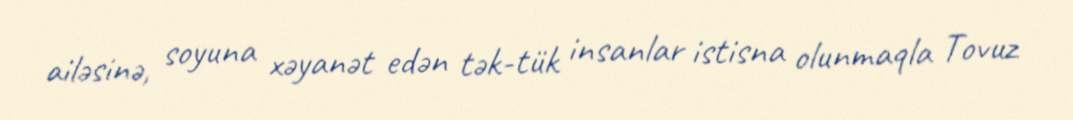
ailəsinə, soyuna xəyanət edən tək-tük insanlar istisna olunmaqla Tovuz